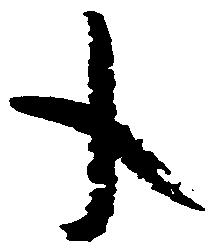
年